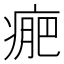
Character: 𤷂